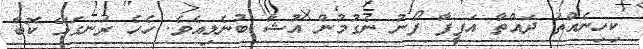
ކިހިނެއްތަ ދައްތާ އަފީފާ ފޯނު ނެގުމުން އުޝާ ބުނެލިއެވެ. ހެހެ ރަނގަޅޭ ކޮބާ